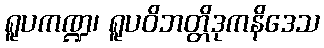
ရူပကဏ္ဍ၊ ရူပဝိဘတ္တိဒုကနိဒေသ